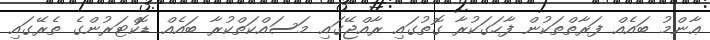
ޢާންމު ބައެއް ފަރާތްތަކުން ފާހަގަކުރާ ގޮތުގައި ރާއްޖޭގައި މަސައްކަތްކުރާ ބައެއް ޑޮކްޓަރުންގެ ތެރޭގައި